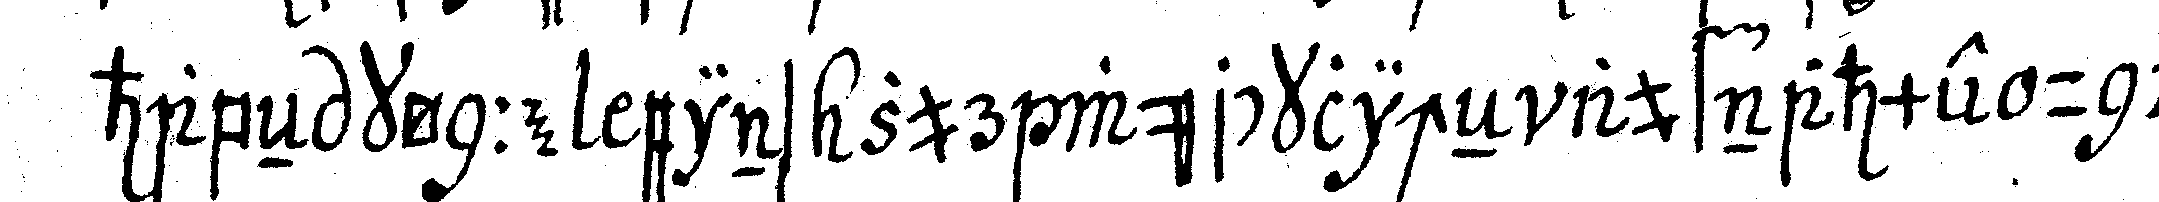
habeN könne eins zur würcklicheN aufnahme und